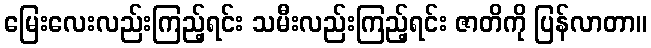
မြေးလေးလည်းကြည့်ရင်း သမီးလည်းကြည့်ရင်း ဇာတိကို ပြန်လာတာ။